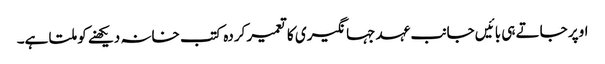
اوپر جاتے ہی بائیں جانب عہد جہانگیری کا تعمیر کردہ کتب خانہ دیکھنے کو ملتا ہے۔